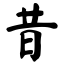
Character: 昔